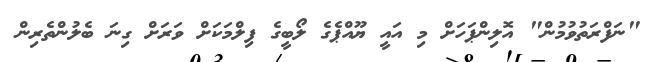
"ނަފްރަތުވުމުން" އޮލިންޕަހަށް މި އައީ ޔޫއްޕެގެ ލޯބީގެ ފިލްމަކަށް ވަރަށް ގިނަ ބެލުންތެރިން